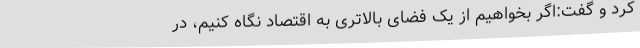
کرد و گفت:اگر بخواهیم از یک فضای بالاتری به اقتصاد نگاه کنیم، در